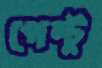
পেল্টু